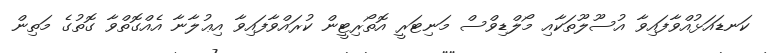
ކަނޑައަޅުއްވާފައިވާ އުސޫލޫތަކާއި މޯލްޑިވްސް މަނިޓަރީ އޮތޯރިޓީން ކުރައްވާފައިވާ އިޢުލާނާ އެއްގޮތްވާ ގޮތުގެ މަތިން